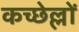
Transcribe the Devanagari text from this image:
कच्छेल्लों